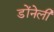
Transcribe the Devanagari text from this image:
डोंनेली